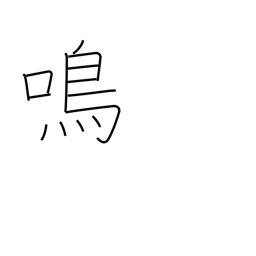
Meaning: cry